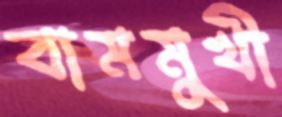
বামমুখী